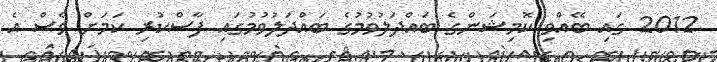
2012 ގައި ބޭއްވި ކޮމިޝަންގެ ބައްދަލުވުމުގެ ބައްދަލުވުމުގައި ފާސްކުރި ކަމަށް ވެސް އެ